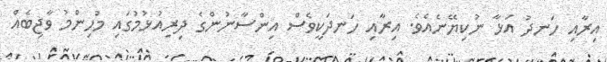
އިރާއި ހަނދު އަޅާ ނުކިޔޭނެއެވެ. އިރާއި ހަނދަކީވެސް އިންސާނުންގެ ދިރިއުޅުމުގައި މުހިންމު ވާޖިބެއް